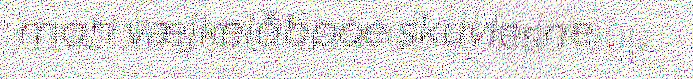
mah væjkelåbpoe skuvlesne.